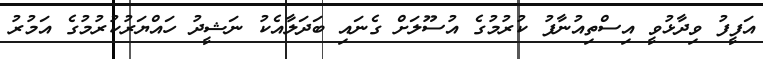
އަފީފު ވިދާޅުވީ އިސްތިއުނާފު ކުރުމުގެ އުސޫލަށް ގެނައި ބަދަލާއެކު ނަޝީދު ހައްޔަރުކުރުމުގެ އަމުރު